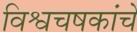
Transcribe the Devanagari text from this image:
विश्वचषकांचे